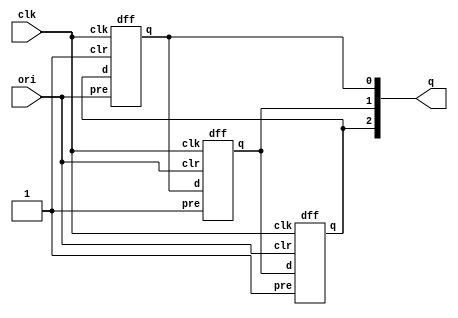
module ringcount(clk,ori,q);
input clk , ori ;
output[2:0] q ;
/*reg[2:0] q;
wire[2:0] qf ;
initial begin
    q = {1'b0,1'b0,1'b0,1'b0};
    qf[2:0] = q[2:0];
end*/
dff d0(q[2],q[0],clk,ori,1'b1);
dff d1(q[0],q[1],clk,1'b1,ori);
dff d2(q[1],q[2],clk,1'b1,ori);
endmodule

module dff(d,q,clk,pre,clr);
input d , clk , clr , pre;
output q ;
wire d , clk , clr , pre ;
reg q ; 
always @(posedge clk) begin
    case(d)
    1'b1: q = 1'b1;
    1'b0: q = 1'b0;
    default: q = q ;
    endcase
    case({pre,clr})
    {1'b1,1'b1}: q = q;
    {1'b0,1'b1}: q = 1'b1;
    {1'b1,1'b0}: q = 1'b0;
    {1'b0,1'b0}: q = 1'bx;
    default: q = q ;
    endcase
end
endmodule